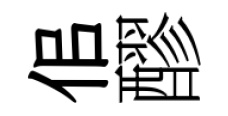
佀醪